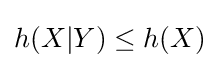
h(X|Y)\leq h(X)